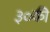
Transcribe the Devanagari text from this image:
३०की